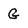
Character: G